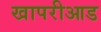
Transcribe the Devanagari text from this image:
खापरीआड